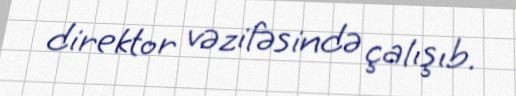
direktor vəzifəsində çalışıb.